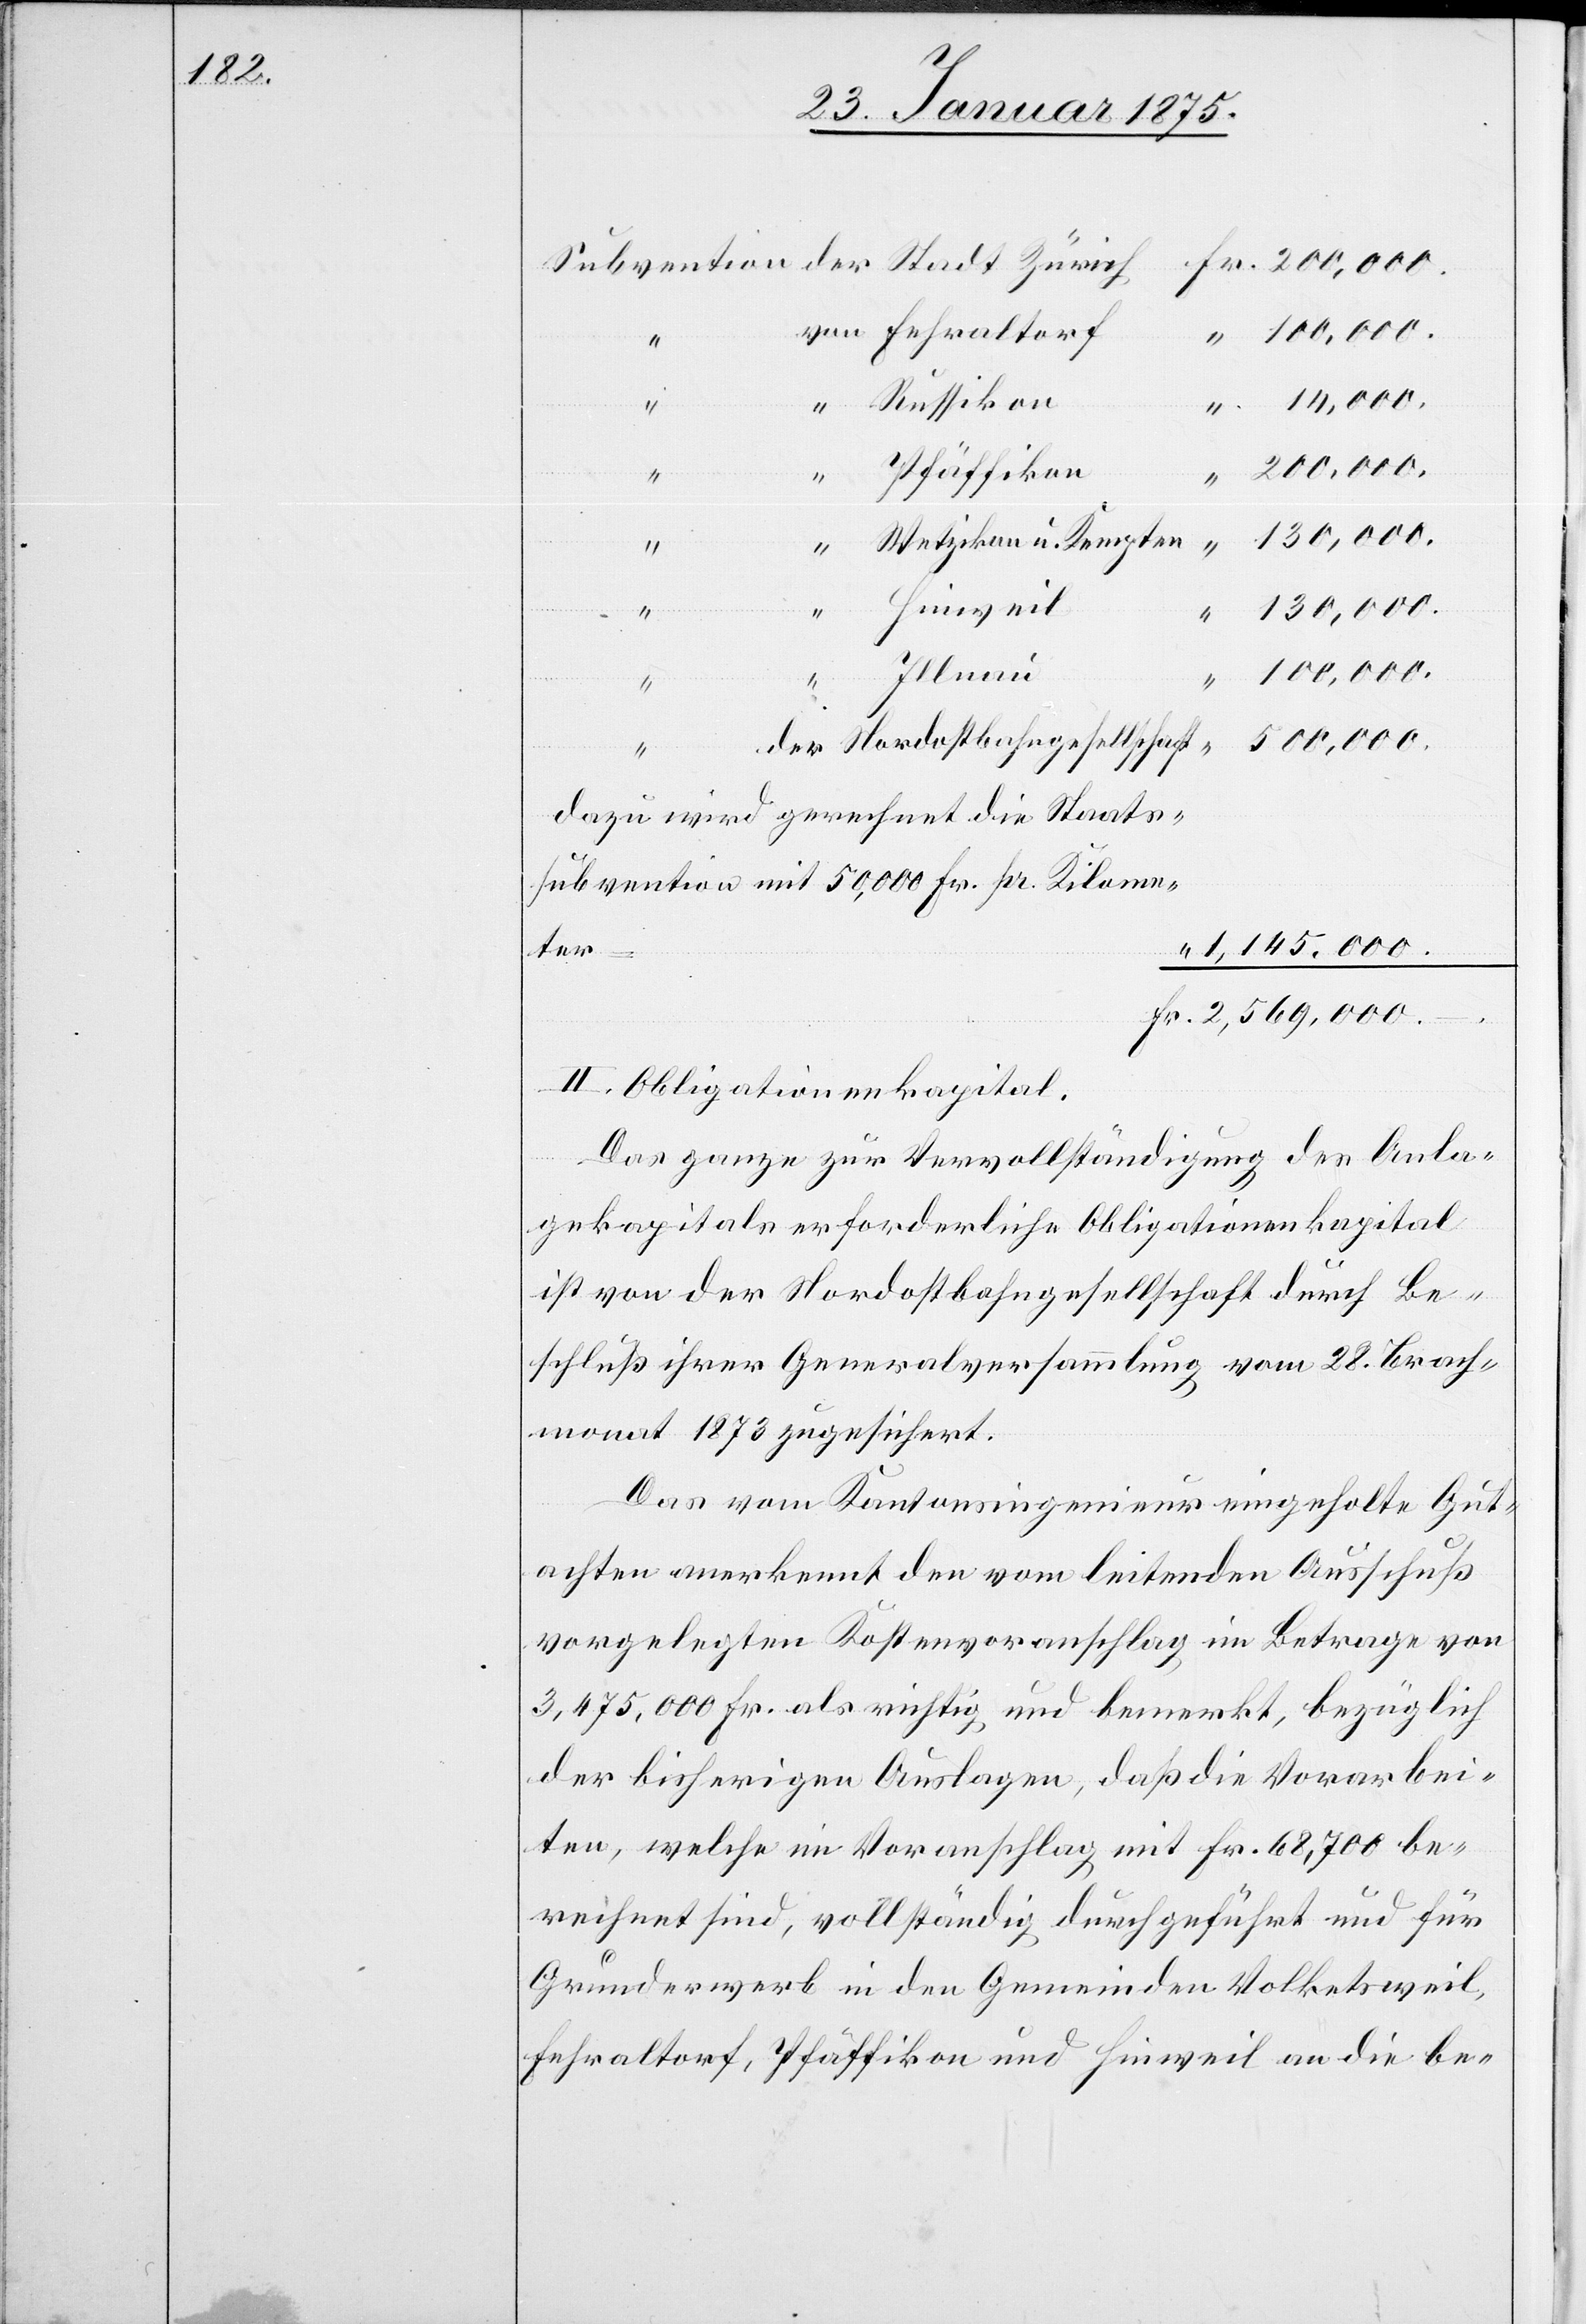
Pfäffikon
Fr.
Wetzikon u. Kempten
2,569,000.–
Illnau
100,000.
500,000.
Nordostbahngesellschaft
der
dazu wird gerechnet die Staats¬
subvention mit 50,000 Fr. pr. Kilome¬
1,145,000.
ter
II. Obligationenkapital.
“
Das ganze zur Vervollständigung des Anla¬
gekapitals erforderliche Obligationenkapital
ist von der Nordostbahngesellschaft durch Be¬
schluß ihrer Generalversammlung vom 28. Brach¬
monat 1873 zugesichert.
Das vom Kantonsingenieur eingeholte Gut¬
achten anerkennt den vom leitenden Ausschuß
vorgelegten Kostenvoranschlag im Betrage von
3,475,000 Fr. als richtig und bemerkt, bezüglich
der bisherigen Auslagen, daß die Vorarbei¬
ten, welche im Voranschlag mit Fr. 68,700 be¬
rechnet sind, vollständig durchgeführt und für
Grunderwerb in den Gemeinden Volketsweil,
Fehraltorf, Pfäffikon und Hinweil an die be-